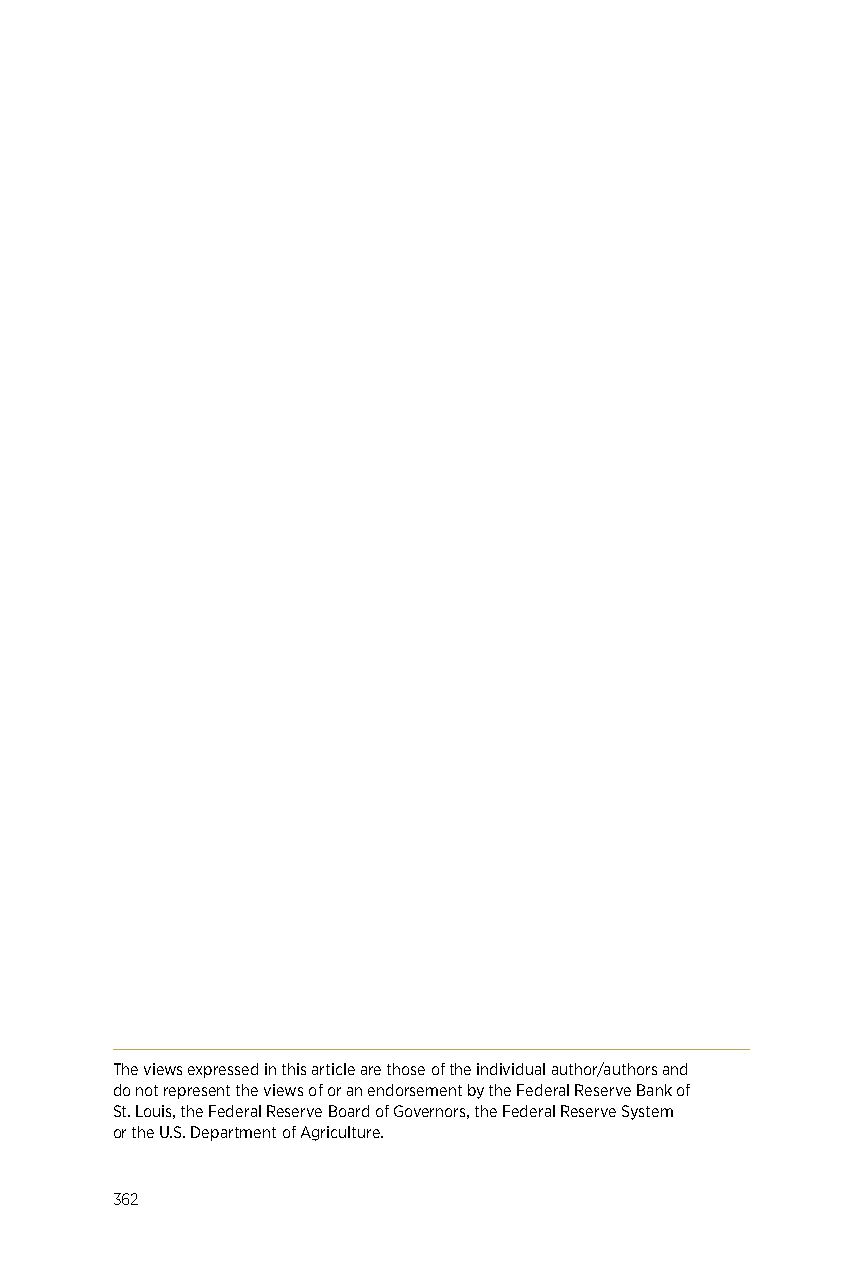
The views expressed in this article are those of the individual author/authors and
 do not represent the views of or an endorsement by the Federal Reserve Bank of
 St. Louis, the Federal Reserve Board of Governors, the Federal Reserve System
 or the U.S. Department of Agriculture.
 362